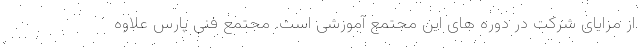
از مزایای شرکت در دوره های این مجتمع آموزشی است. مجتمع فنی پارس علاوه